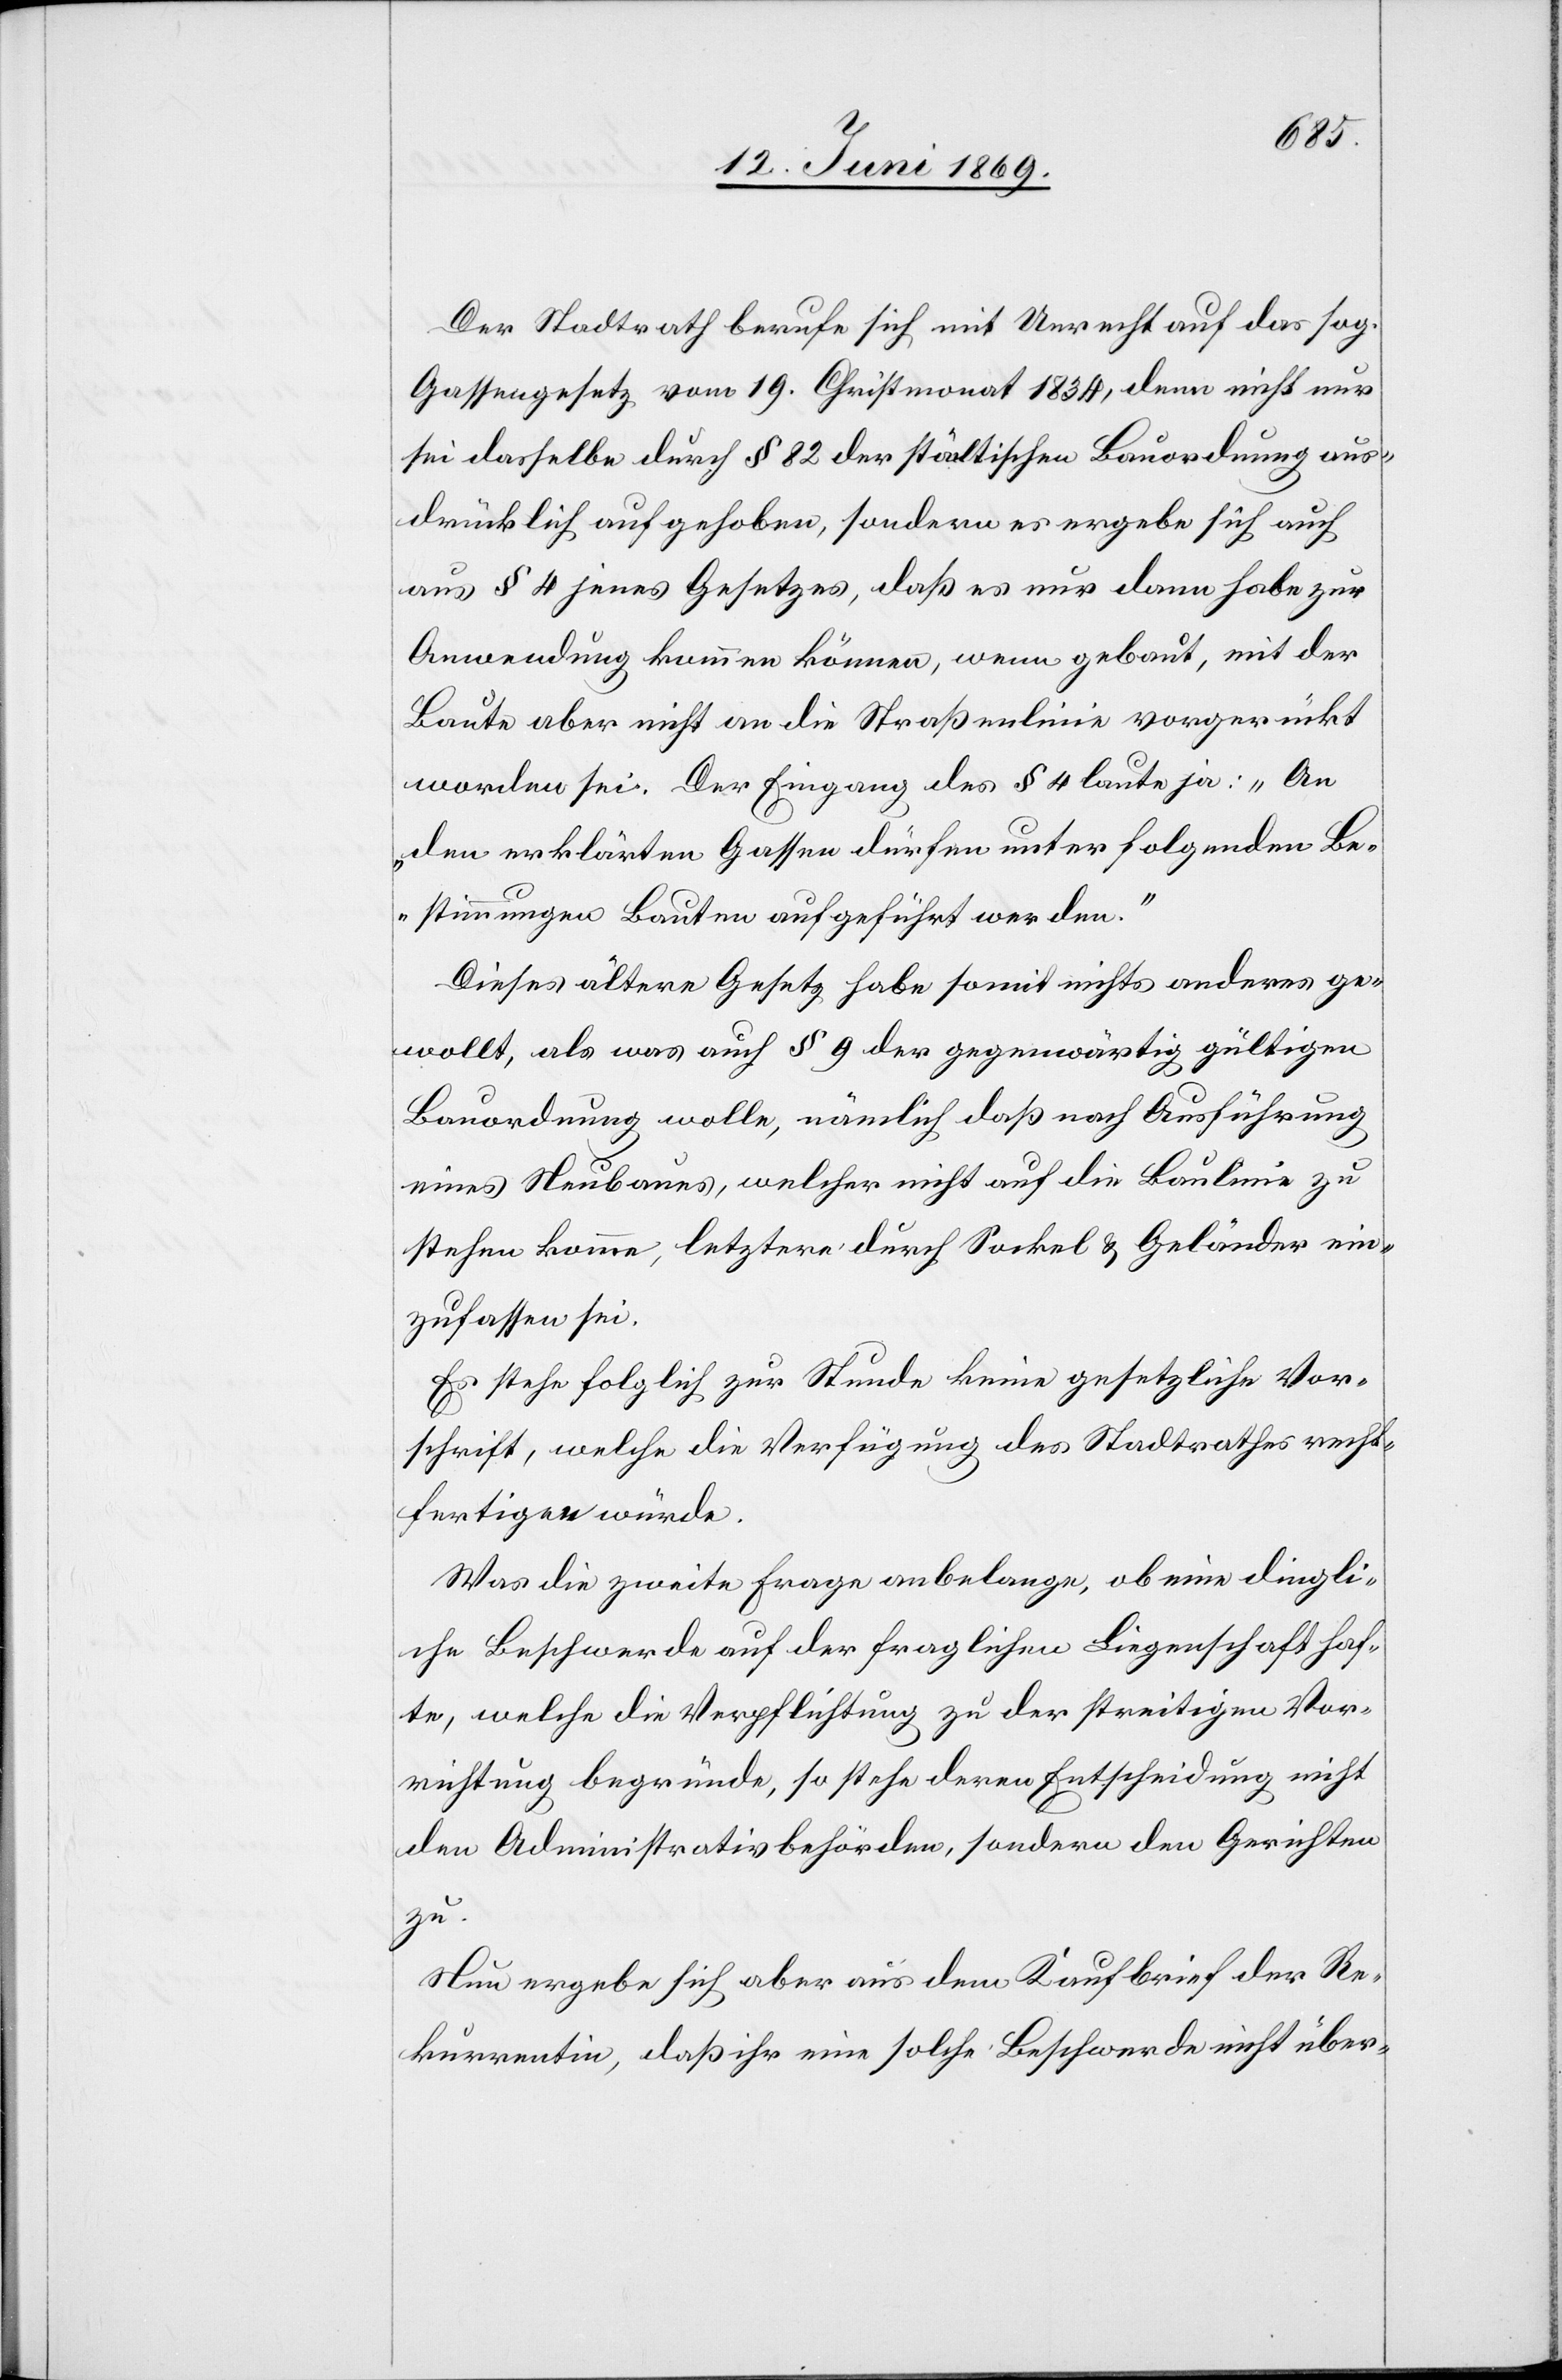
Der Stadtrath berufe sich mit Unrecht auf das sog.
Gassengesetz vom 19. Christmonat 1834, denn nicht nur
sei dasselbe durch § 82 der städtischen Bauordnung aus¬
drücklich aufgehoben, sondern es ergebe sich auch
aus § 4 jenes Gesetzes, daß es nur dann habe zur
Anwendung kommen können, wenn gebaut, mit der
Baute aber nicht an die Straßenlinie vorgerückt
worden sei. Der Eingang des § 4 laute ja: „An
den erklärten Gassen dürfen unter folgenden Be¬
stimmungen Bauten aufgeführt werden.“
Dieses ältere Gesetz habe somit nichts anderes ge¬
wollt, als was auch § 9 der gegenwärtig gültigen
Bauordnung wolle, nämlich daß nach Ausführung
eines Neubaues, welcher nicht auf die Baulinie zu
stehen komme, letztere durch Sockel u. Geländer ein¬
zufassen sei.
Es stehe folglich zur Stunde keine gesetzliche Vor¬
schrift, welche die Verfügung des Stadtrathes recht¬
fertigen würde.
Was die zweite Frage angelange, ob eine dringli¬
che Beschwerde auf der fraglichen Liegenschaft haf¬
te, welche die Verpflichtung zu der streitigen Vor¬
richtung begründe, so stehe deren Entscheidung nicht
den Administrativbehörden, sondern den Gerichten
zu.
Nun ergebe sich aber aus dem Kaufbrief der Re¬
kurrentin, daß ihr eine solche Beschwerde nicht über-